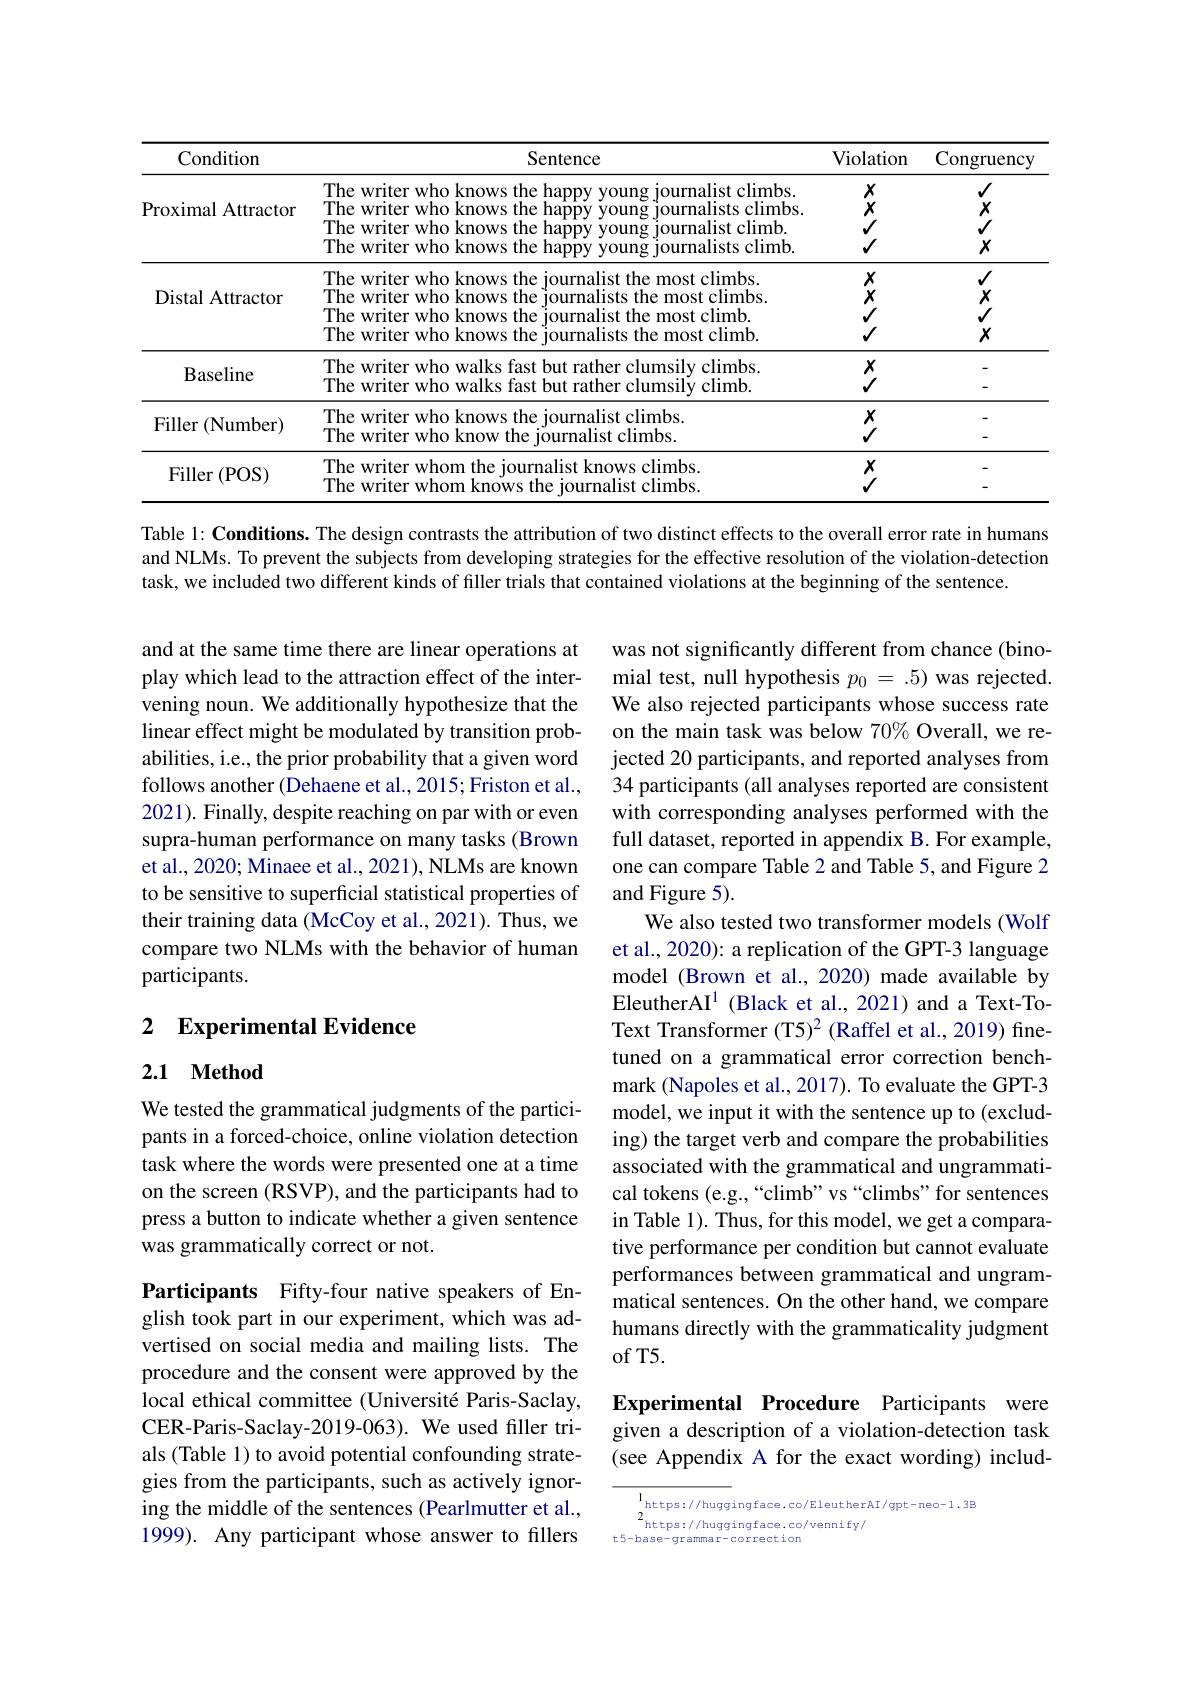
<table>
	<tbody>
		<tr>
			<th>Condition</th>
			<th>Sentence</th>
			<th>Violation</th>
			<th>Congruency</th>
		</tr>
		<tr>
			<td>Proximal Attractor</td>
			<td>The writer who knows the happy young journalist climbs The writer who knows the happy young journalists climbs. The writer who knows the happy young journalist climb. The writer who knows the happy young journalists climb.</td>
			<td>$\langle\langle x\rangle_{x}\rangle$</td>
			<td>$\times<\times<$</td>
		</tr>
		<tr>
			<td>Distal Attractor</td>
			<td>The writer who knows the journalist the most climbs The writer who knows the journalists the most climbs The writer who knows the journalist the most climb. The writer who knows the journalists the most climb.</td>
			<td>$\langle\langle x\rangle_{x}\rangle$</td>
			<td>$\times<\times<$</td>
		</tr>
		<tr>
			<td>Baseline</td>
			<td>The writer who walks fast but rather clumsily climbs. The writer who walks fast but rather clumsilý climb.</td>
			<td>$\frac xy$</td>
			<td> </td>
		</tr>
		<tr>
			<td>$\operatorname{Filler}(\operatorname{Number})$</td>
			<td>The writer who knows the journalist climbs. The writer who know the journalist climbs.</td>
			<td>$\frac xy$</td>
			<td> </td>
		</tr>
		<tr>
			<td>$\operatorname{Filler}\left(\operatorname{POS}\right)$</td>
			<td>The writer whom the journalist knows climbs The writer whom knows the iournalist climbs</td>
			<td>$\frac xy$</td>
			<td>-</td>
		</tr>
	</tbody>
</table>

Table 1: Conditions. The design contrasts the attribution of two distinct effects to the overall error rate in humans and NLMs. To prevent the subjects from developing strategies for the effective resolution of the violation-detection task, we included two different kinds of filler trials that contained violations at the beginning of the sentence.

and at the same time there are linear operations at play which lead to the attraction effect of the intervening noun. We additionally hypothesize that the linear effect might be modulated by transition probabilities, i.e., the prior probability that a given word follows another (Dehaene et al., 2015; Friston et al., 2021). Finally, despite reaching on par with or even supra-human performance on many tasks (Brown et al., 2020; Minaee et al., 2021), NLMs are known to be sensitive to superficial statistical properties of their training data (McCoy et al., 2021). Thus, we compare two NLMs with the behavior of human participants.

was not significantly different from chance (binomial test, null hypothesis $p_0=.5)$ was rejected. We also rejected participants whose success rate on the main task was below $70\%$ Overall, we rejected 20 participants, and reported analyses from 34 participants (all analyses reported are consistent with corresponding analyses performed with the full dataset, reported in appendix B. For example, one can compare Table 2 and Table 5, and Figure 2 and Figure 5).
We also tested two transformer models (Wolf et al., 2020): a replication of the GPT-3 language model (Brown et al., 2020) made available by EleutherAI$^1$ (Black et al., 2021) and a Text-ToText Transformer (T5)$^2$ (Raffel et al., 2019) finetuned on a grammatical error correction benchmark (Napoles et al., 2017). To evaluate the GPT-3 model, we input it with the sentence up to (excluding) the target verb and compare the probabilities associated with the grammatical and ungrammatical tokens (e.g.,“climb" vs“climbs”for sentences in Table 1). Thus, for this model, we get a comparative performance per condition but cannot evaluate performances between grammatical and ungrammatical sentences. On the other hand, we compare humans directly with the grammaticality judgment $ofT5.$

# 2 Experimental Evidence

## 2.1 Method

We tested the grammatical judgments of the participants in a forced-choice, online violation detection task where the words were presented one at a time on the screen (RSVP), and the participants had to press a button to indicate whether a given sentence was grammatically correct or not.

Participants Fifty-four native speakers of English took part in our experiment, which was advertised on social media and mailing lists. The procedure and the consent were approved by the local ethical committee (Université Paris-Saclay, CER-Paris-Saclay-2019-063). We used filler trials (Table 1) to avoid potential confounding strategies from the participants, such as actively ignoring the middle of the sentences (Pearlmutter et al., 1999). Any participant whose answer to fillers

Experimental Procedure Participants were given a description of a violation-detection task (see Appendix A for the exact wording) includ-

$\begin{aligned}&1_{\begin{array}{c}\mathrm{https://hugg}\\\mathrm{2}\\\mathrm{https://huggingface.co/EleutherAI/gpt-neo-1.3B}\end{array}}\\&\mathrm{-base-grammar-correction}\end{aligned}$
t5-base-grammar-correction